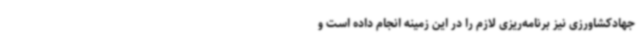
جهادکشاورزی نیز برنامه‌ریزی لازم را در این زمینه انجام داده است و